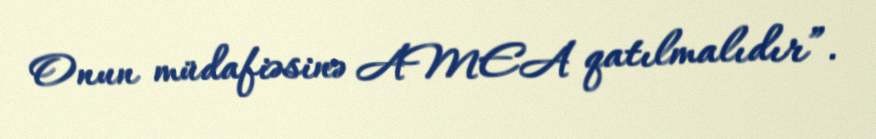
Onun müdafiəsinə AMEA qatılmalıdır”.